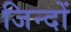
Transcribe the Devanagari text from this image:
जिन्दों